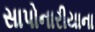
સાપોનારીયાના